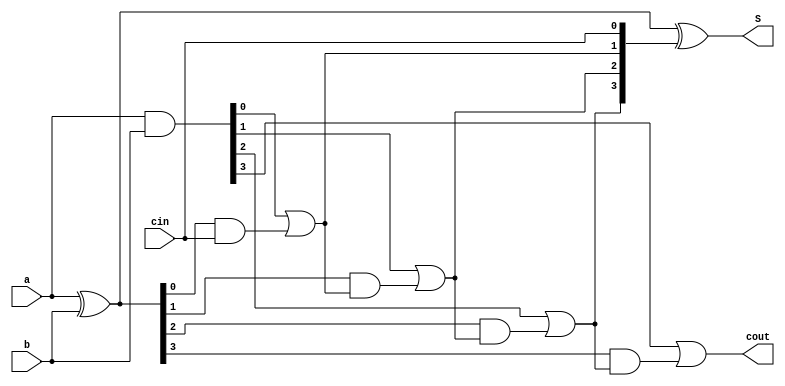
module cla_adder(a,b,cin,S,cout);
  input [3:0] a,b;
  input cin;
  output [3:0]S;
  output cout;
  wire [3:0]g,p,c;
  
  assign p=a^b;
  assign g=a&b; 
  
  assign c[0]=cin;
  assign c[1]=g[0]|(p[0]&cin);
  assign c[2]=g[1]|(p[1]&c[1]);
  assign c[3]=g[2]|(p[2]&c[2]);
  assign cout=g[3]|(p[3]&c[3]);
  assign S = p^c;
endmodule

module cla_tb;
  reg [3:0] a,b;
  reg cin;
  wire [3:0] S;
  wire cout;
  cla_adder CA(a,b,cin,S,cout);
  initial
  begin
    cin=0;
    a=6;
    b=10;
    #10;
    a=9;
    b=14;
    #10;
    a=15;
    b=3;
    #10;
    a=4;
    b=1;
    $stop;
  end

endmodule